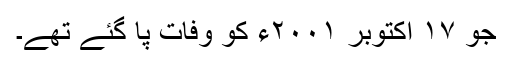
جو ۱۷ اکتوبر ۲۰۰۱ء کو وفات پا گئے تھے۔